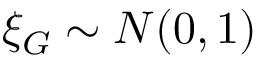
\xi _ { G } \sim { \cal N } ( 0 , 1 )